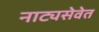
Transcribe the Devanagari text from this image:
नाट्यसेवेत